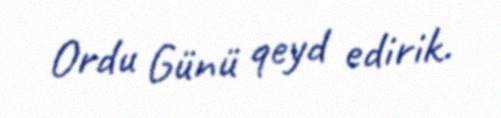
Ordu Günü qeyd edirik.